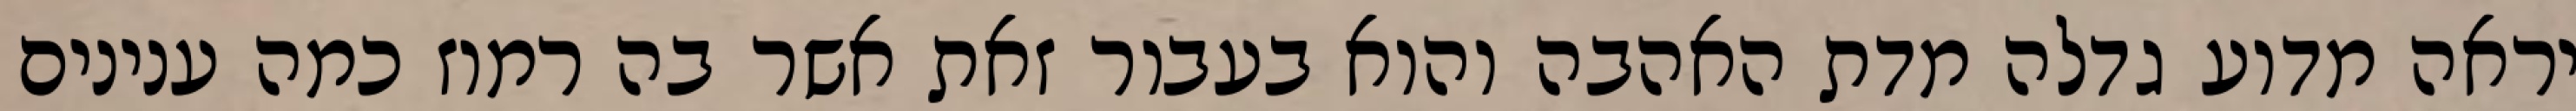
יראה מדוע גדלה מדת האהבה והוא בעבור זאת אשר בה רמוז כמה ענינים